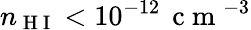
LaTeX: n_{\mathrm{~H~I~}}<10^{-12}\, \mathrm{~c~m~}^{-3}